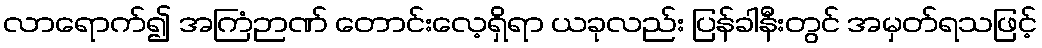
လာရောက်၍ အကြံဉာဏ် တောင်းလေ့ရှိရာ ယခုလည်း ပြန်ခါနီးတွင် အမှတ်ရသဖြင့်